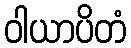
ဝါယာပိတံ